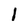
Character: l